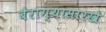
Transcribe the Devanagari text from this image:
बैराग्यासारखे